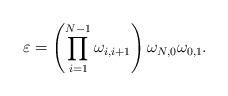
LaTeX: \begin{align*} \varepsilon =\left( \prod_{i=1}^{N-1} \omega_{i,i+1} \right) \omega_{N,0}\omega_{0,1}. \end{align*}